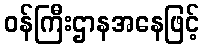
ဝန်ကြီးဌာနအနေဖြင့်